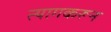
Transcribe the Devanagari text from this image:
त्यागकरून